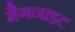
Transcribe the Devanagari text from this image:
मैगनाइट